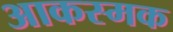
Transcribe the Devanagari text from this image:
आकस्मक